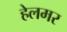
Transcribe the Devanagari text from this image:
हेलमर